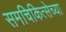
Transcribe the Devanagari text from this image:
समचिकित्सेच्या